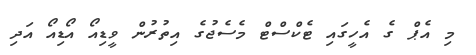
މި އެޕް ގެ އެހީގައި ޓެކްސްޓް މެސެޖުގެ އިތުރުން ވީޑިއޯ އޯޑިއޯ އަދި